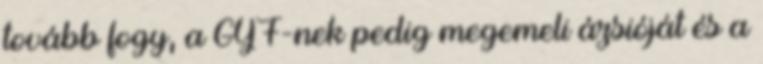
tovább fogy, a GYF-nek pedig megemeli ázsióját és a